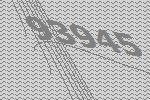
93945